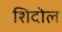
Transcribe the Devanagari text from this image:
शिदोल